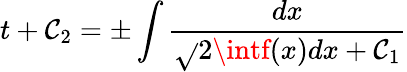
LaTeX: t+\mathcal{C}_{2}=\pm\int{\frac{{dx}}{{\sqrt{}{{2\intf(x)dx+\mathcal{C}_{1}}}}}}